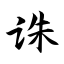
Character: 诛